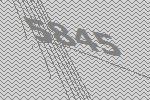
5845